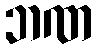
ဘဏ